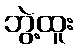
ဘွဲ့ထူး